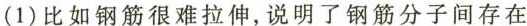
(1)比如钢筋很难拉伸，说明了钢筋分子间存在